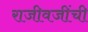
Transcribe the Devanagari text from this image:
राजीवजींची